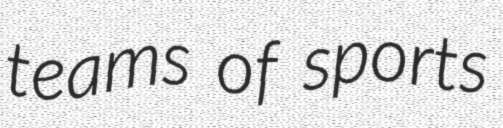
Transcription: teams of sports